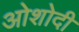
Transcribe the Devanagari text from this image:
ओशोदी